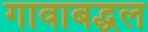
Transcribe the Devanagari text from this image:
गावाबद्धल